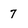
Character: 7